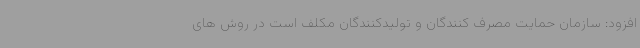
افزود: سازمان حمایت مصرف کنندگان و تولیدکنندگان مکلف است در روش های